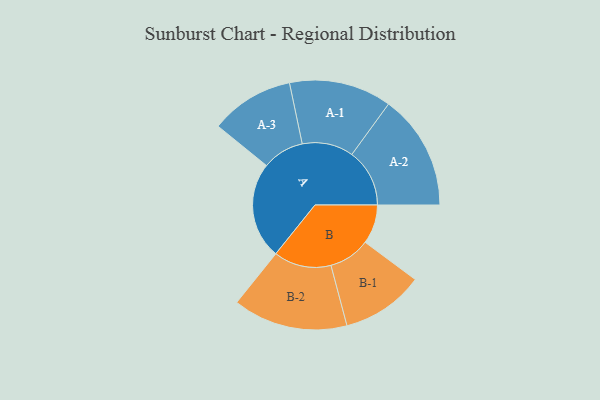
{"axis": {"x": "Segment", "y": "Value"}, "legend": ["", "A", "B"], "data": [{"x": "A", "y": 328, "type": ""}, {"x": "B", "y": 133, "type": ""}, {"x": "A-1", "y": 174, "type": "A"}, {"x": "A-2", "y": 196, "type": "A"}, {"x": "A-3", "y": 142, "type": "A"}, {"x": "B-1", "y": 140, "type": "B"}, {"x": "B-2", "y": 195, "type": "B"}]}